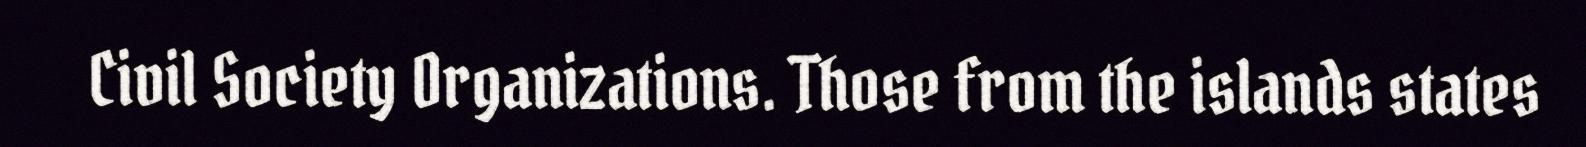
Civil Society Organizations. Those from the islands states